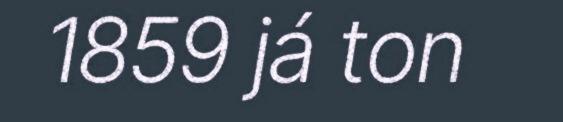
1859 já ton